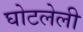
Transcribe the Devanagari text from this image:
घोटलेली